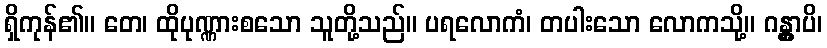
ရှိကုန်၏။ တေ၊ ထိုပုဏ္ဏားစသော သူတို့သည်။ ပရလောကံ၊ တပါးသော လောကသို့။ ဂန္တွာပိ၊